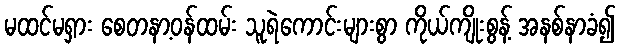
မထင်မရှား စေတနာ့ဝန်ထမ်း သူရဲကောင်းများစွာ ကိုယ်ကျိုးစွန့် အနစ်နာခံ၍